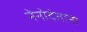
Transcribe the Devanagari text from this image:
नेनोदंताना